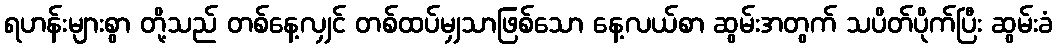
ရဟန်းများစွာ တို့သည် တစ်နေ့လျှင် တစ်ထပ်မျှသာဖြစ်သော နေ့လယ်စာ ဆွမ်းအတွက် သပိတ်ပိုက်ပြီး ဆွမ်းခံ